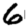
Digit: 6